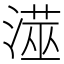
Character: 𭲁